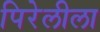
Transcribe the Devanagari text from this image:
पिरेलीला